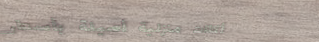
أكلات منزلية أصيلة بأسعار